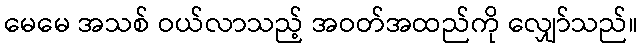
မေမေ အသစ် ဝယ်လာသည့် အဝတ်အထည်ကို လျှော်သည်။